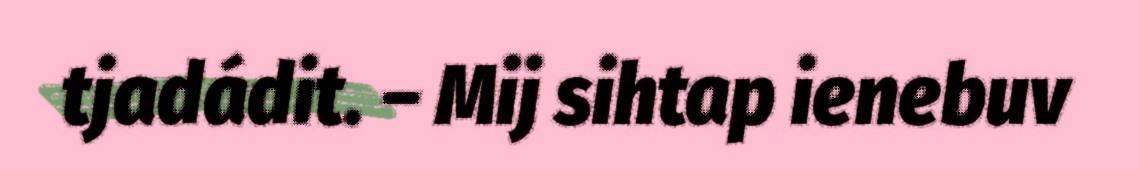
tjadádit. – Mij sihtap ienebuv